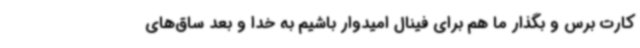
کارت برس و بگذار ما هم برای فینال امیدوار باشیم به خدا و بعد ساق‌های